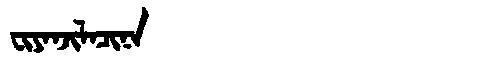
Manchu: ᠸᡳᠶᠠᠨᠵᡳᠯᠠᠴᡳᠨᠠ
Romanization: FIYANJILACINA